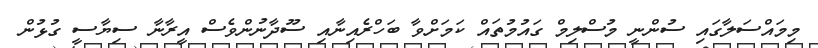
މިމައްސަލާގައި ސުންނީ މުސްލިމް ގައުމުތައް ކަމަށްވާ ބަހްރެއިނާއި ސޫދާނުންވެސް އީރާނާ ސިޔާސީ ގުޅުން